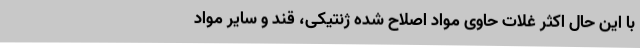
با این حال اکثر غلات حاوی مواد اصلاح شده ژنتیکی، قند و سایر مواد